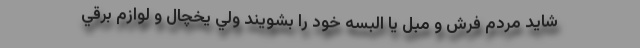
شايد مردم فرش و مبل يا البسه خود را بشويند ولي يخچال و لوازم برقي